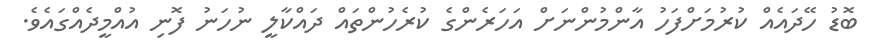
ބޮޑު ހޭދައެއް ކުރުމަށްފަހު އާންމުންނަށް އަހަރެންގެ ކުރެހުންތައް ދައްކާލީ ނުހަނު ފޮނި އުއްމީދެއްގައެވެ.